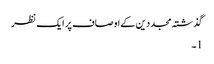
گذشتہ مجددین کے اوصاف پر ایک نظر
1۔